Vaccination United Provinces of Agra and Oudh 1923-1928 - 1923-1928
Year: 1923
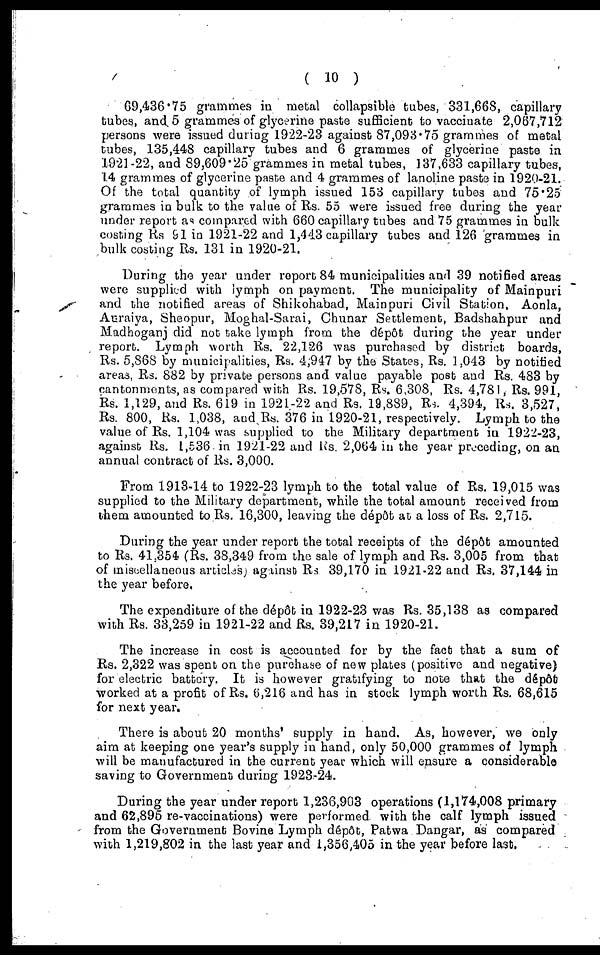
( 10 )
69,436.75 grammes in metal collapsible tubes, 331,668, capillary
tubes, and 5 grammes of glycerine paste sufficient to vaccinate 2,067,712
persons were issued during 1922-23 against 87,093.75 grammes of metal
tubes, 135,448 capillary tubes and 6 grammes of glycerine paste in
1921-22, and 89,609.25 grammes in metal tubes, 137,633 capillary tubes,
14 grammes of glyecrine paste and 4 grammes of lanoline paste in 1920-21.
Of the total quantity of lymph issued 153 capillary tubes and 75.25
grammes in bulk to the value of Rs. 55 were issued free during the year
under report as compared with 660 capillary tubes and 75 grammes in bulk
costing Rs 91 in 1921-22 and 1,443 capillary tubes and 126 grammes in
bulk costing Rs. 131 in 1920-21.
During the year under report 84 municipalities and 39 notified areas
were supplied with lymph on payment. The municipality of Mainpuri
and the notified areas of Shikohabad, Mainpuri Civil Station, Aonla,
Auraiya, Sheopur, Moghal-Sarai, Chunar Settlement, Badshahpur and
Madhoganj did not take lymph from the dépôt during the year under
report. Lymph worth Rs. 22,126 was purchased by district boards,
Rs. 5,868 by municipalities, Rs. 4,947 by the States, Rs. 1,043 by notified
areas, Rs. 882 by private persons and value payable post and Rs. 483 by
cantonments, as compared with Rs. 19,578, Rs. 6,308, Rs. 4,781, Rs. 991,
Rs. 1,129, and Rs. 619 in 1921-22 and Rs. 19,889, Rs. 4,394, Rs. 3,527,
Rs.800, Rs. 1,038, and Rs. 376 in 1920-21, respectively. Lymph to the
value of Rs. 1,104 was supplied to the Military department in 1922-23,
against Rs. 1,536 in 1921-22 and Rs. 2,064 in the year preceding, on an
annual contract of Rs. 3,000.
From 1913-14 to 1922-23 lymph to the total value of Rs. 19,015 was
supplied to the Military department, while the total amount received from
them amounted to Rs. 16,300, leaving the dépôt at a loss of Rs. 2,715.
During the year under report the total receipts of the dépôt amounted
to Rs. 41,354 (Rs. 38,349 from the sale of lymph and Rs. 3,005 from that
of miscellaneous articles) against Rs 39,170 in 1921-22 and Rs. 37,144 in
the year before.
The expenditure of the dépôt in 1922-23 was Rs. 35,138 as compared
with Rs. 33,259 in 1921-22 and Rs. 39,217 in 1920-21.
The increase in cost is accounted for by the fact that a sum of
Rs. 2,322 was spent on the purchase of new plates (positive and negative)
for electric battery. It is however gratifying to note that the dépôt)
worked at a profit of Rs. 6,216 and has in stock lymph worth Rs. 68,615
for next year.
There is about 20 months' supply in hand. As, however, we only
aim at keeping one year's supply in hand, only 50,000 grammes of lymph
will be manufactured in the current year which will ensure a considerable
saving to Government during 1923-24.
During the year under report 1,236,903 operations (1,174,008 primary
and 62,895 re-vaccinations) were performed with the calf lymph issued
from the Government Bovine Lymph dépôt, Patwa Dangar, as compared
with 1,219,802 in the last year and 1,356,405 in the year before last.